Annual administration report of the Civil Veterinary Department of India - 1907-1908
Year: 1907
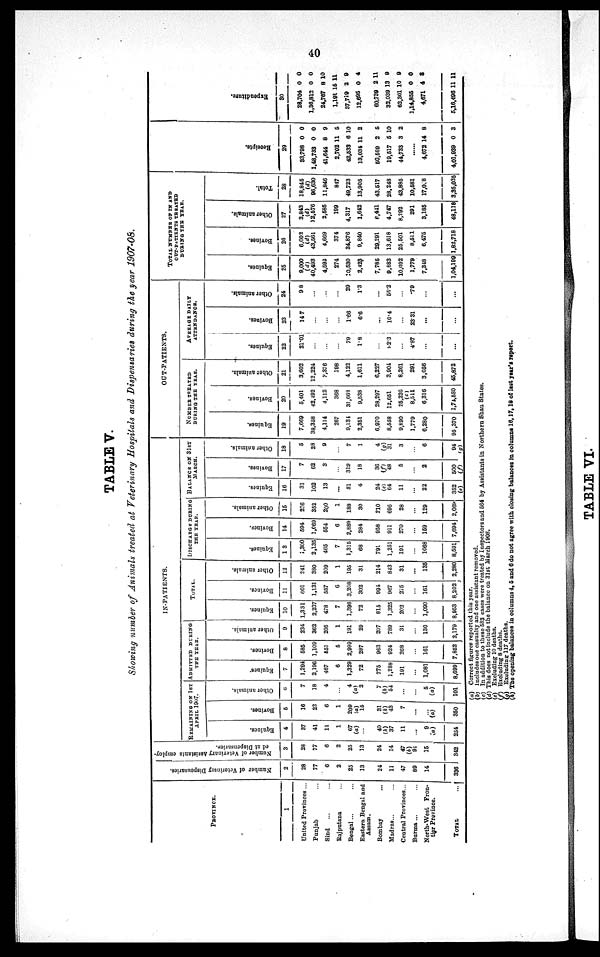
40
TABLE V.
Showing number of Animals treated at Veterinary Hospitals and Dispensaries during the year 1907-08.
PROVINCE.
1
United Provinces ...
Punjab ... ...
Sind
... ...
Rajputana ... ...
Bengal ... ...
Eastern Bengal and
Assam.
Bombay ...
Madras... ...
Central Provinces...
Burma ... ...
North-West Fron-
tier Province.
TOTAL
...
Number of Veterinary Dispeusaries.
2
28
77
6
2
25
13
24
11
47
89
14
336
Number of Veterinary Assistants employ-
ed at Dispensaries.
3
28
77
6
2
25
13
24
14
47
(b)
91
15
342
IN-PATIENTS.
REMAINING ON 1ST ADMITTED DURING
APRIL 1907. THE YEAR.
Equines.
4
37
41
11
1
67
(a)
...
40
(h)
37
11
...
9
(a)
254
Bovines.
5
16
22
6
1
209
(a)
15
31
(h)
43
7
...
...
(a)
350
Other animals.
6
7
18
4
...
4
(a) 2
7
(h)
54
...
...
5
(a)
101
Equines.
7
1,294
2,196
467
6
1,329
72
775
1,288
191
...
1,081
8,699
Bovines.
8
585
1,109
551
5
2,999
287
963
924
268
...
161
7,852
Other animals.
9
234
362
205
1
191
29
207
789
31
...
130
2,179
TOTAL.
Equines.
10
1,331
2,237
478
7
1,396
72
815
1,325
202
...
1,090
8,953
Bovines.
11
601
1,131
557
6
3,208
302
994
967
275
...
161
8,202
Other animals.
12
241
380
209
1
195
31
214
843
31
...
135
2,280
DISCHARGE DURING
THE YEAR
.
Equines.
13
1,360
2,135
465
7
1,315
68
791
1,251
191
...
1068
8,591
Bovines.
14
594
1,069
554
6
2,889
284
958
911
270
...
159
7,694
Other animals.
15
236
352
200
1
188
30
210
695
28
...
129
2,069
BALANCE ON 31ST
MARCH.
Equines.
16
31
102
13
...
81
4
24
(e)
64
11
...
22
352
(c)
Bovines.
17
7
62
3
...
319
18
36
(f) 48
5
...
2
500
(f)
Other animals.
18
5
28
9
...
7
1
4
(g)
31
3
...
6
94
(g)
OUT-PATIENTS.
NUMBER TREATED
DURING THE YEAR.
Equines.
19
7,669
38,358
4,114
267
9,134
2,351
6,970
8,558
9,890
1,779
6,280
95,370
Bovines.
20
5,401
42,492
4,112
368
31,668
9,538
28,297
12,651
25,226
(c)
8,511
6,316
1,74,580
Other animals.
21
3,602
12,224
2,376
198
4,122
1,611
6,227
3,904
8,261
291
3,656
45,872
AVERAGE DAILY
ATTENDANCE.
Equines.
22
21.01
...
...
...
79
1.8
...
22.3
...
4.87
...
...
Bovines.
23
147
...
...
...
1.66
6.6
...
10.4
...
23.31
...
...
Other animals.
24
98
...
...
...
29
1.3
...
55.2
...
.79
...
...
TOTAL NUMBER OF IN AND
OUT-PATIENTS TREATED
DURING THE YEAR.
Equines.
25
9,000
(d)
40,493
4,592
274
10,530
2,423
7,785
9,883
10,092
1,779
7,348
1,04,199
Bovines.
26
6,002
(d)
43,561
4,669
374
34,876
9,840
29,291
13,618
25,501
8,511
6,475
1,82,718
Other animals.
27
3,843
(d)
12,576
2,585
199
4,317
1,642
6,441
4,747
8,292
291
3,185
48,118
Total.
28
18,845
(d)
96,630
11,846
847
49,723
13,905
43,517
28,248
43,885
10,581
17,0 8
3,35,035
Receipts.
29
33,798
1,48,733
41,644
2,702
42,533
13,034
50,569
19,517
44,733
......
4,672
4,01,939
0
0
8
11
6
11
2
5
3
14
0
0
0
9
5
10
2
5
10
2
8
3
Expe ndi t
ur e .
30
28,704
1,36,812
24,767
1,191
37,719
12,695
60,739
32,039
62,301
1,14,855
4,671
5,16,496
0
0
8
15
2
0
2
13
10
0
4
11
0
0
10
11
9
4
11
9
9
0
8
11
(a) Correct figures reported this year.
(b) Includes one casualty and one assistant removed.
(c) In addition to these 583 cases were treated by Inspectors and 564 by Assistants in Northern Shan States.
(d) This does not include the balance on 31st March 1908.
(e) Excluding 10 deaths.
(f) Excluding 8 deaths.
(g) Excluding 117 deaths.
(h) The opening balances in columns 4, 5 and 6 do not agree with closing balances in columns 16, 17, 18 of last year's report.